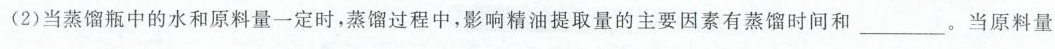
(2)当蒸馏瓶中的水和原料量一定时，蒸馏过程中，影响精油提取量的主要因素有蒸馏时间和___。当原料量